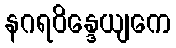
နဂရဝိန္ဒေယျကေ